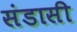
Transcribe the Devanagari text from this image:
संडासी